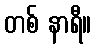
တစ် နာရီ။